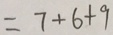
= 7 + 6 + 9